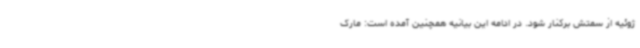
ژوئیه از سمتش برکنار شود. در ادامه این بیانیه همچنین آمده است: مارک